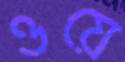
ওয়ে